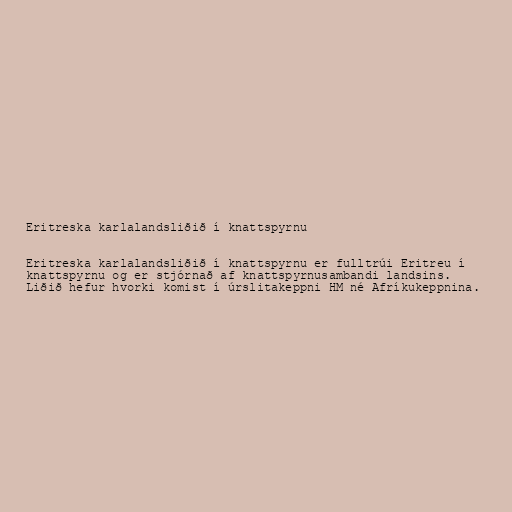
Eritreska karlalandsliðið í knattspyrnu

Eritreska karlalandsliðið í knattspyrnu er fulltrúi Eritreu í
knattspyrnu og er stjórnað af knattspyrnusambandi landsins.
Liðið hefur hvorki komist í úrslitakeppni HM né Afríkukeppnina.